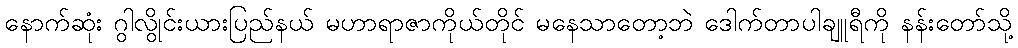
နောက်ဆုံး ဂွါလွိုင်းယားပြည်နယ် မဟာရာဇာကိုယ်တိုင် မနေသာတော့ဘဲ ဒေါက်တာပါချူရီကို နန်းတော်သို့